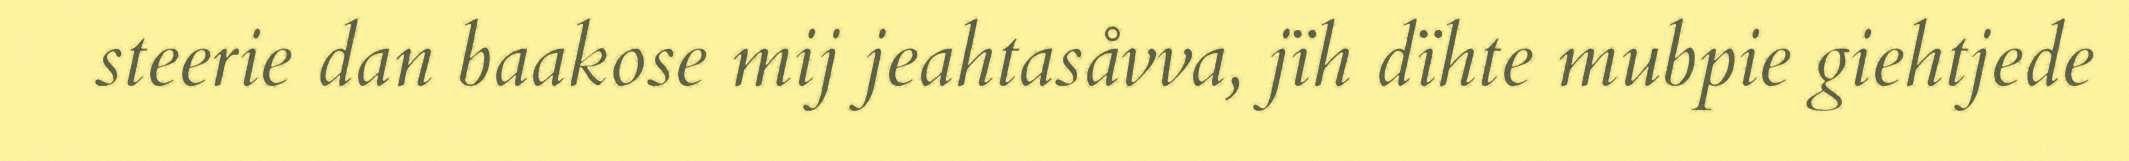
steerie dan baakose mij jeahtasåvva, jïh dïhte mubpie giehtjede